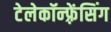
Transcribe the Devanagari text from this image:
टेलेकॉन्फ़्रेंसिंग